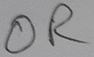
Text: OR